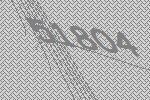
51804